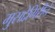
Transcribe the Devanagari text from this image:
मुसद्देगिरीने